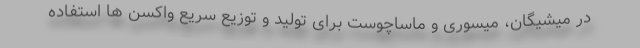
در میشیگان، میسوری و ماساچوست برای تولید و توزیع سریع واکسن ها استفاده